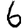
Digit: 6